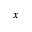
_ x